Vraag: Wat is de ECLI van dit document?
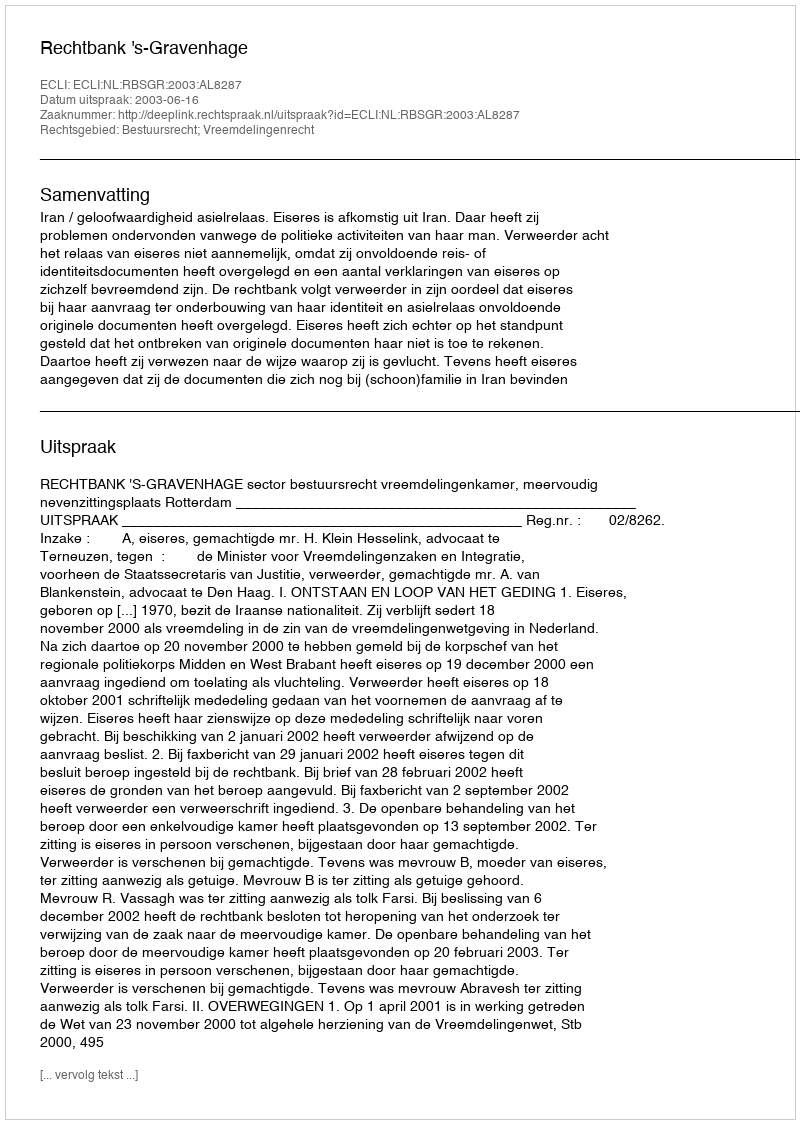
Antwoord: ECLI:NL:RBSGR:2003:AL8287